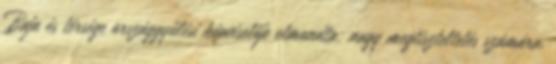
Baja és térsége országgyűlési képviselője elmondta: nagy megtiszteltetés számára,